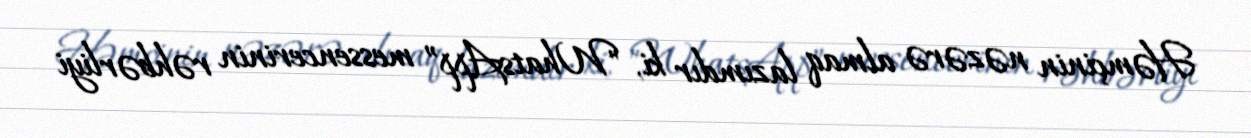
Həmçinin nəzərə almaq lazımdır ki, "WhatsApp” messencerinin rəhbərliyi